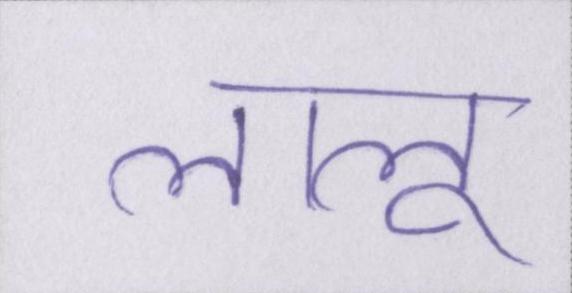
लालू